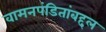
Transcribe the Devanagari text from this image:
वामनपंडितांबद्दल